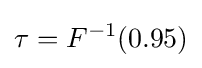
\tau =F^{-1}(0.95)